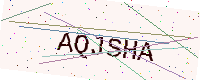
Text: AQJSHA